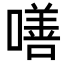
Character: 𠾺